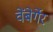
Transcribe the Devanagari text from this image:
वेंबेर्गेर